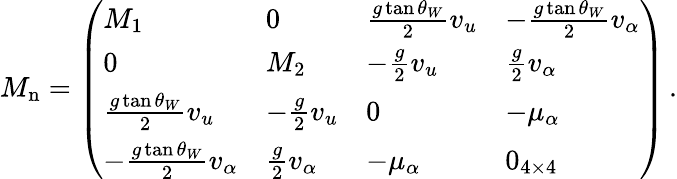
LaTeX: M_{\mathrm{n}}=\left(\begin{array}{llll}{{M_{1}}}&{{0}}&{{{\frac{g\tan\theta_{W}}{2}}v_{u}}}&{{-{\frac{g\tan\theta_{W}}{2}}v_{\alpha}}}\\ {{0}}&{{M_{2}}}&{{-{\frac{g}{2}}v_{u}}}&{{{\frac{g}{2}}v_{\alpha}}}\\ {{{\frac{g\tan\theta_{W}}{2}}v_{u}}}&{{-{\frac{g}{2}}v_{u}}}&{{0}}&{{-\mu_{\alpha}}}\\ {{-{\frac{g\tan\theta_{W}}{2}}v_{\alpha}}}&{{{\frac{g}{2}}v_{\alpha}}}&{{-\mu_{\alpha}}}&{{0_{4\times 4}}}\end{array}\right)\, .